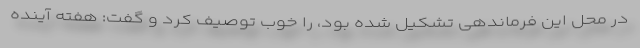
در محل این فرماندهی تشکیل شده بود، را خوب توصیف کرد و گفت: هفته آینده